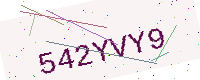
Text: 542YVY9